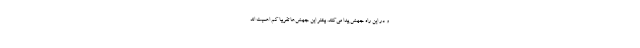
و در این راه جهش پیدا می‌کنند. بیشتر این جهش‌ها تقریبا کم اهمیت اند